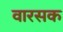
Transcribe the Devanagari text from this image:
वारसक